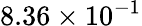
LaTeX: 8.36\times 10^{-1}